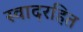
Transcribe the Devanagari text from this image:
स्वादरहित